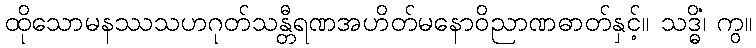
ထိုသောမနဿသဟဂုတ်သန္တီရဏအဟိတ်မနောဝိညာဏဓာတ်နှင့်။ သဒ္ဓိံ၊ ကွ။